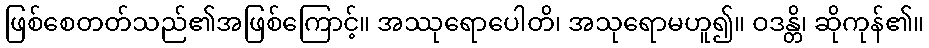
ဖြစ်စေတတ်သည်၏အဖြစ်ကြောင့်။ အဿုရောပေါတိ၊ အသုရောမဟူ၍။ ဝဒန္တိ၊ ဆိုကုန်၏။